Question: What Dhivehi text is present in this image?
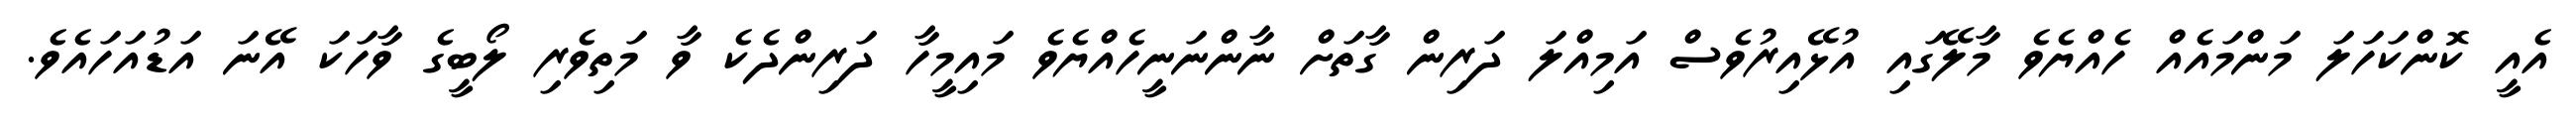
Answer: އެއީ ކޮންކަހަލަ މަންމައެއް ހެއްޔެވެ މާލޭގައި އުޅޭއިރުވެސް އަމިއްލަ ދަރިން ގާތަށް ނާންނަނީހެއްޔެވެ މައިމީހާ ދަރިންދެކެ ވާ މަތިވެރި ލޯބީގެ ވާހަކަ އޭނަ އަޑުއަހައެވެ.